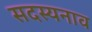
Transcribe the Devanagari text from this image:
सदस्यनाव